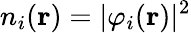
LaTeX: n_{i}(\mathbf{r})=|\varphi_{i}(\mathbf{r})|^{2}